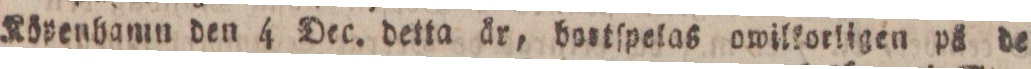
Köpenhamn den 4 Dec. detta år, bortſpetas owilkorligen på de